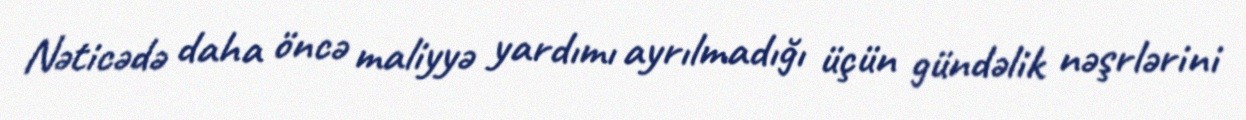
Nəticədə daha öncə maliyyə yardımı ayrılmadığı üçün gündəlik nəşrlərini